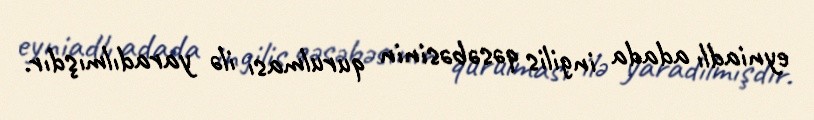
eyniadlı adada ingilis qəsəbəsinin qurulması ilə yaradılmışdır.